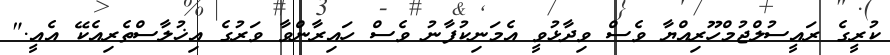
ކުރީގެ ރައީސުލްޖުމްހޫރިއްޔާ ވެސް ވިދާޅުވީ އެމަނިކުފާނު ވެސް ހައިރާންވާ ވަރުގެ އިޚުލާސްތެރިއެކޭ އެއީ."